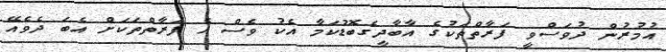
އުމުރުން ދުވަސްވީ ފަރާތްތަކުގެ އާބާދީގެބޮޑުކަމާ އެކު ވެސް އެ ފަރާތްތަކަށް އެބަ ދެވެއޭ